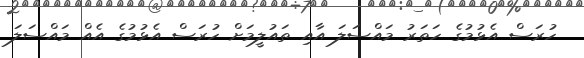
ހުރަސް އެޅުމުގެ ހަތަރު މައްސަލަ އާއި ތައުލީމަށް ހުރަސް އެޅުމުގެ އެއް މައްސަލަ